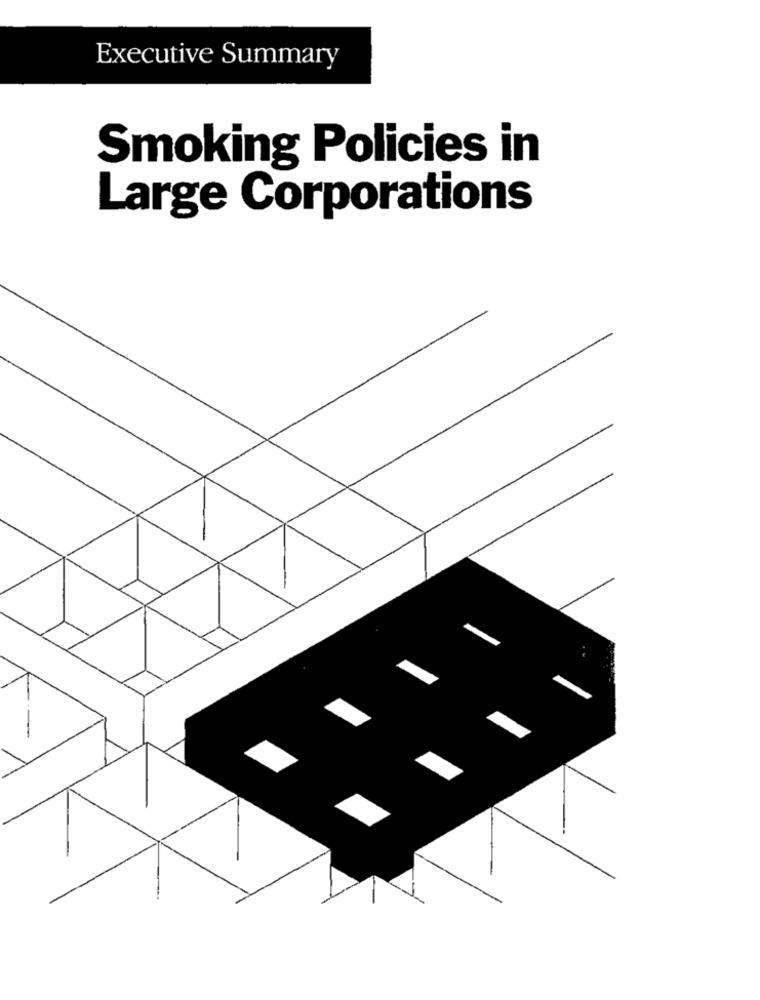
Executive Summary
Smoking Policies in
Large Corporations